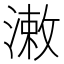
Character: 潄